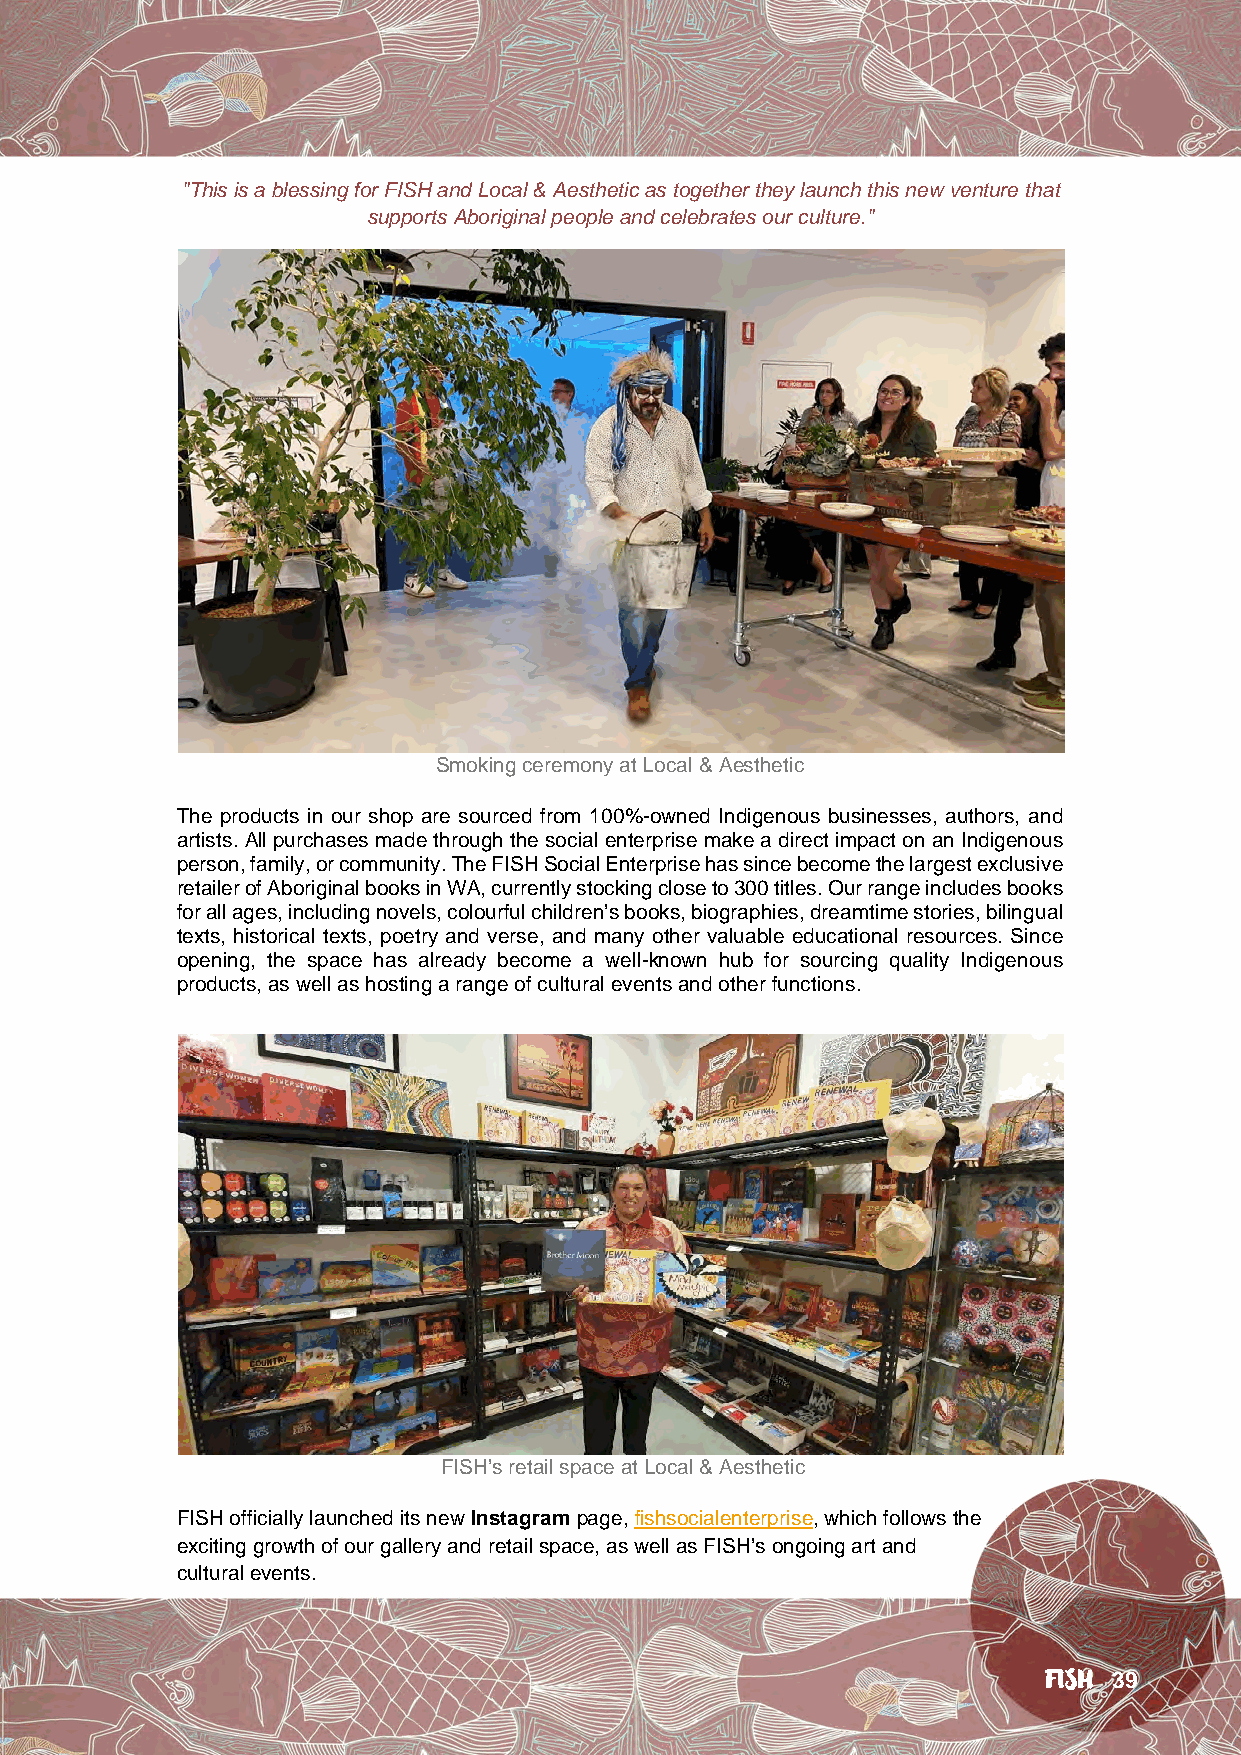
"This is a blessing for FISH and Local & Aesthetic as together they launch this new venture that
 supports Aboriginal people and celebrates our culture."
 Smoking ceremony at Local & Aesthetic
 The products in our shop are sourced from 100%-owned Indigenous businesses, authors, and
 artists. All purchases made through the social enterprise make a direct impact on an Indigenous
 person, family, or community. The FISH Social Enterprise has since become the largest exclusive
 retailer of Aboriginal books in WA, currently stocking close to 300 titles. Our range includes books
 for all ages, including novels, colourful children’s books, biographies, dreamtime stories, bilingual
 texts, historical texts, poetry and verse, and many other valuable educational resources. Since
 opening, the space has already become a well-known hub for sourcing quality Indigenous
 products, as well as hosting a range of cultural events and other functions.
 FISH’s retail space at Local & Aesthetic
 FISH officially launched its new Instagram page, fishsocialenterprise, which follows the
 exciting growth of our gallery and retail space, as well as FISH’s ongoing art and
 cultural events.
 FISH 39